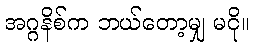
အဂ္ဂနိစ်က ဘယ်တော့မျှ မငို။